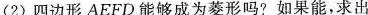
(2)四边形AEFD能够成为菱形吗?如果能，求出